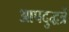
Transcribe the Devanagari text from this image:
आपदुद्धर्त्रे